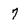
Character: 7